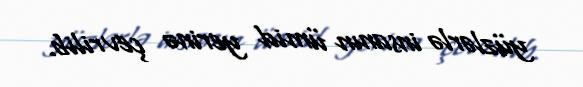
yüzlərlə insanın ümid yerinə çevrilib.